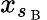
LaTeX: x_{s_{\mathrm{~B~}}}